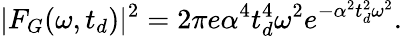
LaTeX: |F_{G}(\omega,t_{d})|^{2}=2\pi e\alpha^{4}t_{d}^{4}\omega^{2}e^{-\alpha^{2}t_{d}^{2}\omega^{2}}.